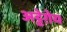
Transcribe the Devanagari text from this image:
अट्टेग़ेय